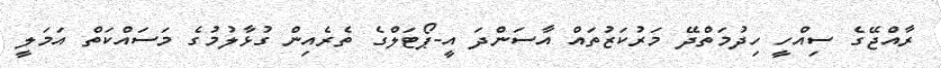
ރާއްޖޭގެ ސިއްހީ ހިދުމަތްދޭ މަރުކަޒުތައް އާސަންދަ އީ-ޕޯޓަލްގެ ތެރެއިން ގުޅާލުމުގެ މަސައްކަތް އަމަލީ